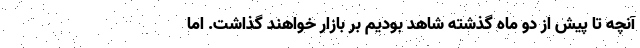
آنچه تا پیش از دو ماه گذشته شاهد بودیم بر بازار خواهند گذاشت. اما